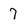
Character: 7